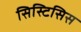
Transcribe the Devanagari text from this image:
सिस्टिसिस